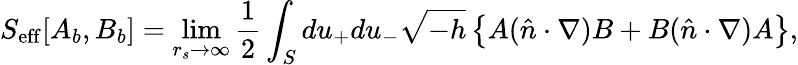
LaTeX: S_{\mathrm{eff}}[A_{b},B_{b}]=\operatorname*{lim}_{r_{s}\to\infty}{\frac{1}{2}}\int_{S}du_{+}du_{-}\sqrt{-h}\left\{ A(\hat{n}\cdot\nabla)B+B(\hat{n}\cdot\nabla)A\right\} ,